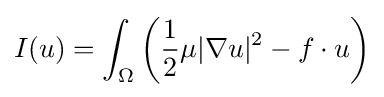
I(u)=\int _{\Omega }\left({\frac {1}{2}}\mu |\nabla u|^{2}-f\cdot u\right)